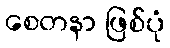
စေတနာ ဖြစ်ပုံ